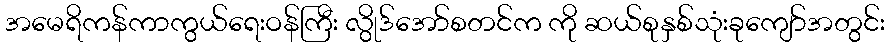
အမေရိကန်ကာကွယ်ရေးဝန်ကြီး လွိုဒ်အော်စတင်က ကို ဆယ်စုနှစ်သုံးခုကျော်အတွင်း